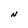
Character: N